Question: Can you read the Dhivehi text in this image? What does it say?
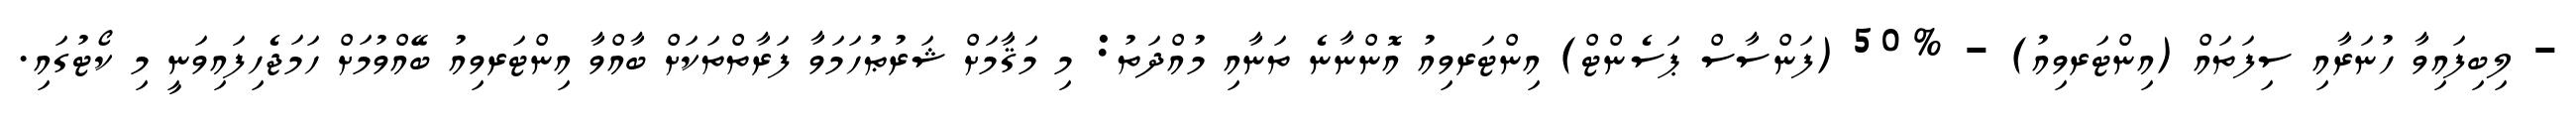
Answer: - ލިބިފައިވާ ހުނަރާއި ސިފަތައް (އިންޓަރވިއު) - %50 (ފަންސާސް ޕަސެންޓް) އިންޓަރވިއު އޮންނާނެ ތަނާއި މުއްދަތު: މި މަޤާމަށް ޝަރުޠުހަމަވާ ފަރާތްތަކަށް ބާއްވާ އިންޓަރވިއު ބޭއްވުމަށް ހަމަޖެހިފައިވަނީ މި ކޯޓުގައި.